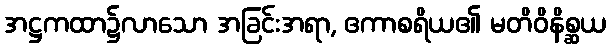
အဋ္ဌကထာ၌လာသော အခြင်းအရာ, ဧကာစရိယ၏ မတိဝိနိစ္ဆယ